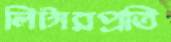
লিটারপ্রতি